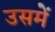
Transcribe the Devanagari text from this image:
उसमेें